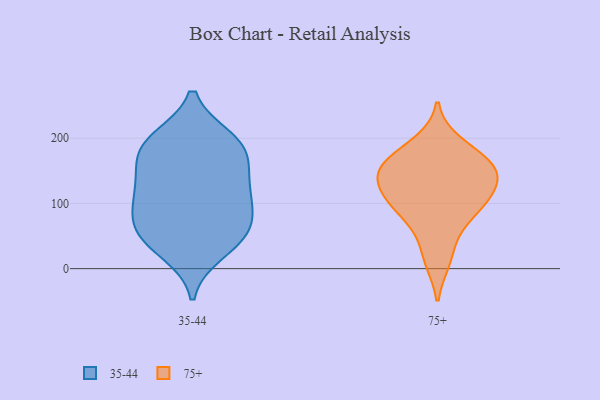
{"axis": {"x": "Latency (ms)", "y": "Value"}, "legend": ["35-44", "75+"], "data": [{"x": "", "y": 49, "type": "35-44"}, {"x": "", "y": 136, "type": "35-44"}, {"x": "", "y": 81, "type": "35-44"}, {"x": "", "y": 198, "type": "35-44"}, {"x": "", "y": 196, "type": "35-44"}, {"x": "", "y": 26, "type": "35-44"}, {"x": "", "y": 80, "type": "35-44"}, {"x": "", "y": 116, "type": "35-44"}, {"x": "", "y": 189, "type": "35-44"}, {"x": "", "y": 103, "type": "35-44"}, {"x": "", "y": 47, "type": "35-44"}, {"x": "", "y": 181, "type": "35-44"}, {"x": "", "y": 166, "type": "35-44"}, {"x": "", "y": 130, "type": "35-44"}, {"x": "", "y": 53, "type": "35-44"}, {"x": "", "y": 162, "type": "75+"}, {"x": "", "y": 11, "type": "75+"}, {"x": "", "y": 142, "type": "75+"}, {"x": "", "y": 88, "type": "75+"}, {"x": "", "y": 195, "type": "75+"}, {"x": "", "y": 54, "type": "75+"}, {"x": "", "y": 120, "type": "75+"}, {"x": "", "y": 104, "type": "75+"}, {"x": "", "y": 169, "type": "75+"}, {"x": "", "y": 101, "type": "75+"}, {"x": "", "y": 142, "type": "75+"}, {"x": "", "y": 152, "type": "75+"}]}